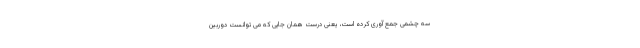
سه چشمی جمع آوری کرده است، یعنی درست همان جایی که می توانست دوربین